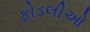
ફોડલીઓ